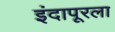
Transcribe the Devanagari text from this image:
इंदापूरला